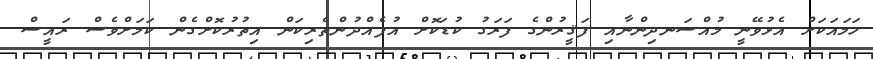
ހަމައަކަށް އެޅުވޭނީ މުއްސަނދިންނާއި ފަޤީރުންގެ ފަރަގު ކުޑަކޮށް އުފެއްދުންތެރިކަން އިތުރުކޮށްގެން ކަމަށްވެސް ރައީސް